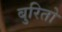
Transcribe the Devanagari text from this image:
बुरितो